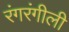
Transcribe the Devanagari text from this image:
रंगरंगीली